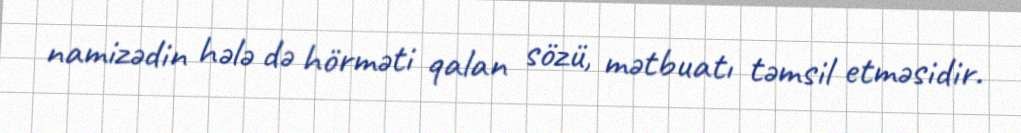
namizədin hələ də hörməti qalan sözü, mətbuatı təmsil etməsidir.